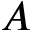
A